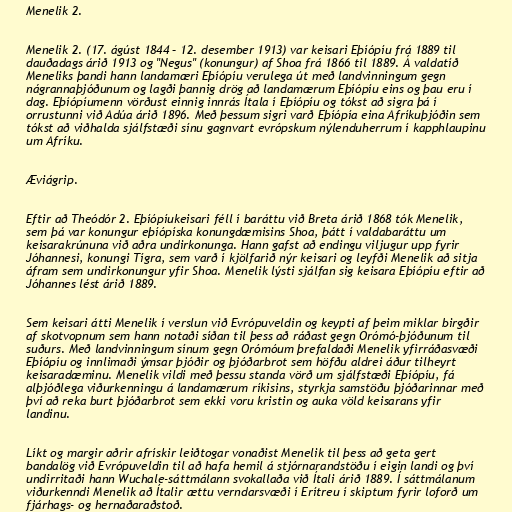
Menelik 2.

Menelik 2. (17. ágúst 1844 – 12. desember 1913) var keisari Eþíópíu frá 1889 til
dauðadags árið 1913 og "Negus" (konungur) af Shoa frá 1866 til 1889. Á valdatíð
Meneliks þandi hann landamæri Eþíópíu verulega út með landvinningum gegn
nágrannaþjóðunum og lagði þannig drög að landamærum Eþíópíu eins og þau eru í
dag. Eþíópíumenn vörðust einnig innrás Ítala í Eþíópíu og tókst að sigra þá í
orrustunni við Adúa árið 1896. Með þessum sigri varð Eþíópía eina Afríkuþjóðin sem
tókst að viðhalda sjálfstæði sínu gagnvart evrópskum nýlenduherrum í kapphlaupinu
um Afríku.

Æviágrip.

Eftir að Theódór 2. Eþíópíukeisari féll í baráttu við Breta árið 1868 tók Menelik,
sem þá var konungur eþíópíska konungdæmisins Shoa, þátt í valdabaráttu um
keisarakrúnuna við aðra undirkonunga. Hann gafst að endingu viljugur upp fyrir
Jóhannesi, konungi Tígra, sem varð í kjölfarið nýr keisari og leyfði Menelik að sitja
áfram sem undirkonungur yfir Shoa. Menelik lýsti sjálfan sig keisara Eþíópíu eftir að
Jóhannes lést árið 1889.

Sem keisari átti Menelik í verslun við Evrópuveldin og keypti af þeim miklar birgðir
af skotvopnum sem hann notaði síðan til þess að ráðast gegn Orómó-þjóðunum til
suðurs. Með landvinningum sínum gegn Orómóum þrefaldaði Menelik yfirráðasvæði
Eþíópíu og innlimaði ýmsar þjóðir og þjóðarbrot sem höfðu aldrei áður tilheyrt
keisaradæminu. Menelik vildi með þessu standa vörð um sjálfstæði Eþíópíu, fá
alþjóðlega viðurkenningu á landamærum ríkisins, styrkja samstöðu þjóðarinnar með
því að reka burt þjóðarbrot sem ekki voru kristin og auka völd keisarans yfir
landinu.

Líkt og margir aðrir afrískir leiðtogar vonaðist Menelik til þess að geta gert
bandalög við Evrópuveldin til að hafa hemil á stjórnarandstöðu í eigin landi og því
undirritaði hann Wuchale-sáttmálann svokallaða við Ítali árið 1889. Í sáttmálanum
viðurkenndi Menelik að Ítalir ættu verndarsvæði í Erítreu í skiptum fyrir loforð um
fjárhags- og hernaðaraðstoð.